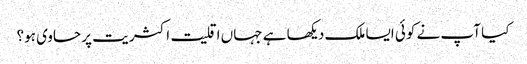
کیا آپ نے کوئی ایسا ملک دیکھا ہے جہاں اقلیت اکثریت پر حاوی ہو؟